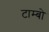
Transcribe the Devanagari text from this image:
टाम्बो